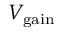
V _ { \mathrm { g a i n } }